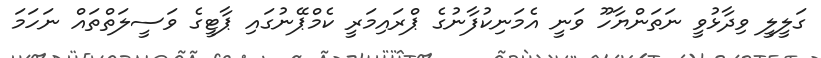
ގަލީލީ ވިދާޅުވީ ނަތަންޔާހޫ ވަނީ އެމަނިކުފާނުގެ ޕްރައިމަރީ ކެމްޕޭނުގައި ޕާޓީގެ ވަސީލަތްތައް ނަހަމަ